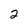
Character: 2